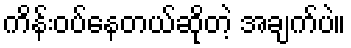
ကိန်းဝပ်နေတယ်ဆိုတဲ့ အချက်ပဲ။